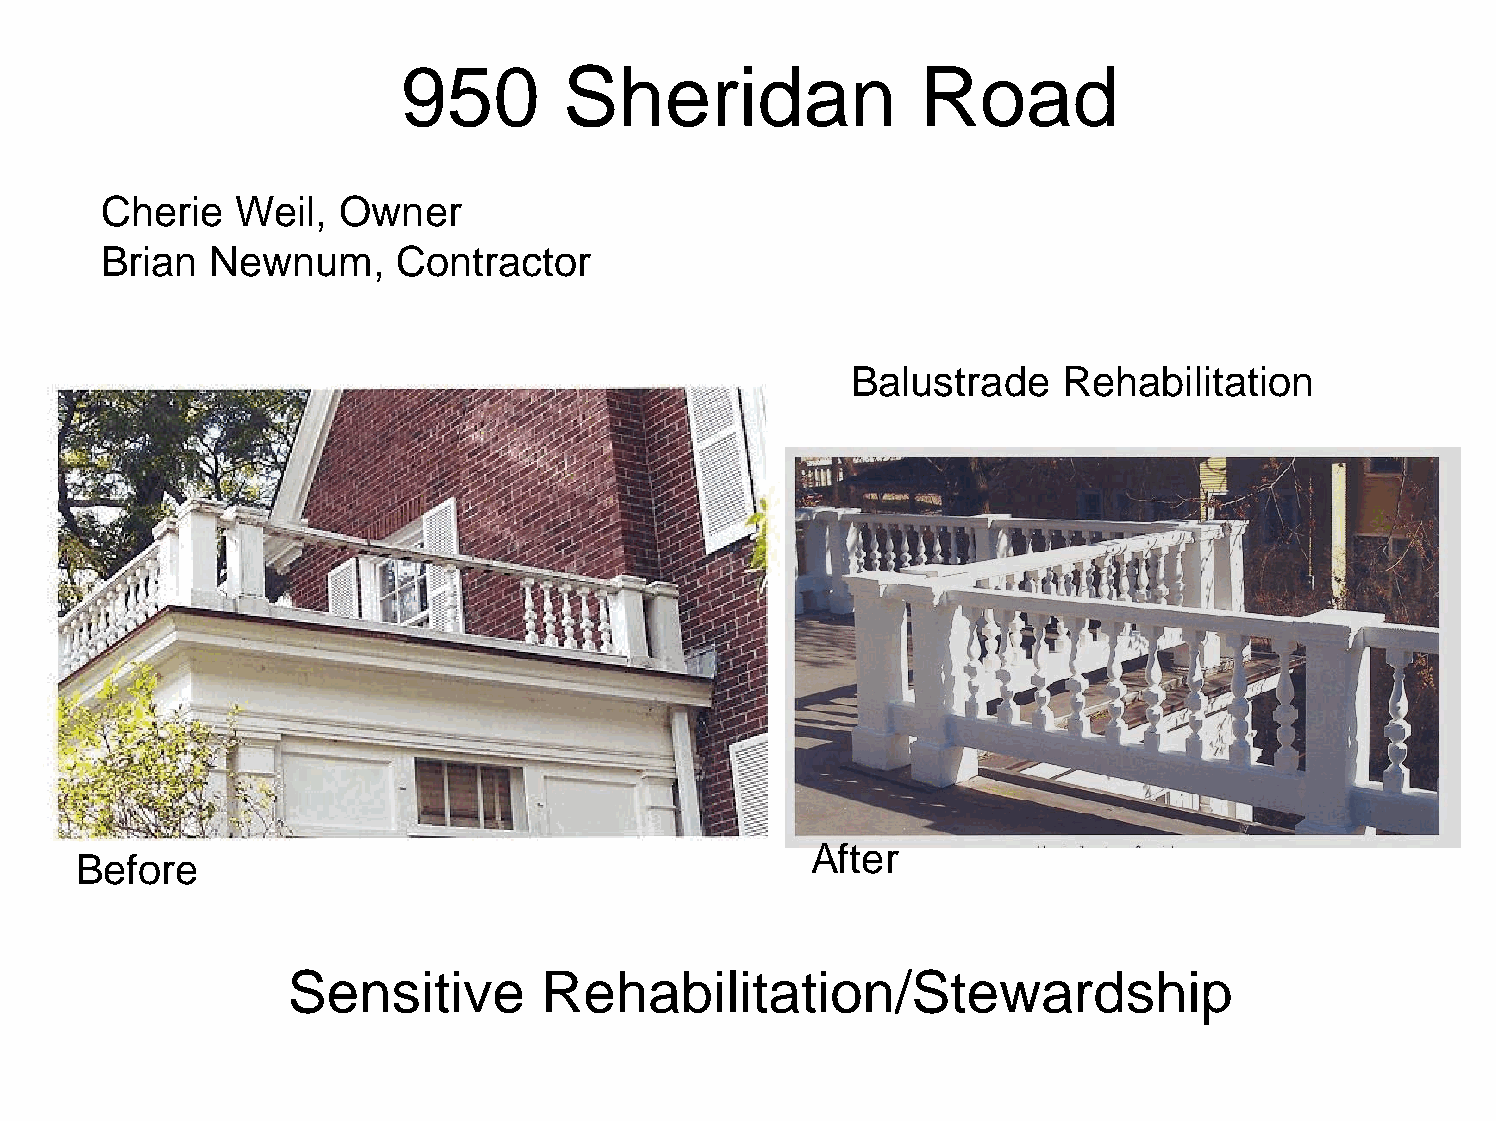
950       Sheridan                Road
 Cherie   Weil,  Owner
 Brian  Newnum,     Contractor
 Balustrade    Rehabilitation
 After
 Before
 Sensitive        Rehabilitation/Stewardship